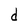
Character: d